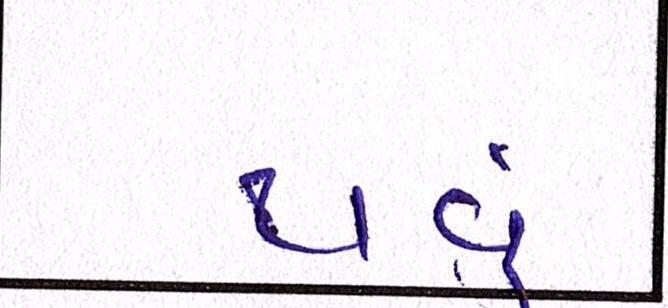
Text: થવું